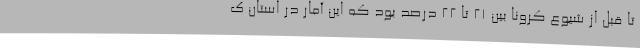
تا قبل از شیوع کرونا بین 21 تا 22 درصد بود که این آمار در استان ک